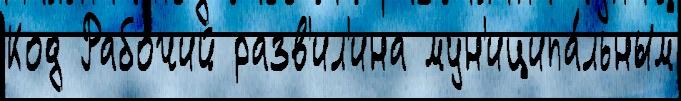
Код Рабо́чий разв'ил'ина мун'иципа́льным